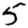
Digit: 5